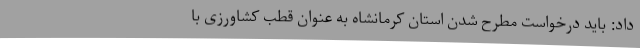
داد: باید درخواست مطرح شدن استان کرمانشاه به عنوان قطب کشاورزی با